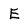
Character: E